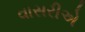
વાસરીએ